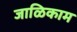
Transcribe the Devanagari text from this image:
जाळिकाम